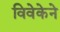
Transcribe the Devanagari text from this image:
विवेकेने